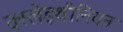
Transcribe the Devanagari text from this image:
क्स्लेइथीनियन